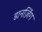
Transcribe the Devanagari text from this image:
डानज़िंग